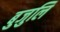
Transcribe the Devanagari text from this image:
बुजुलि